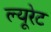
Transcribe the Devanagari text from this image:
ल्यूरेट